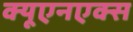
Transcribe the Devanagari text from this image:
क्यूएनएक्स